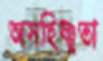
অসহিষ্ণুতা